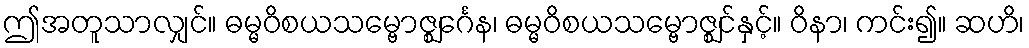
ဤအတူသာလျှင်။ ဓမ္မဝိစယသမ္ဗောဇ္ဈင်္ဂေန၊ ဓမ္မဝိစယသမ္ဗောဇ္ဈင်နှင့်။ ဝိနာ၊ ကင်း၍။ ဆဟိ၊